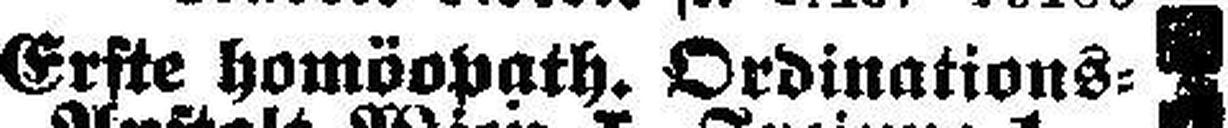
Erste homöopath. Ordinations=